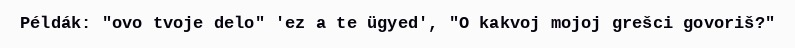
Példák: "ovo tvoje delo" 'ez a te ügyed', "O kakvoj mojoj grešci govoriš?"